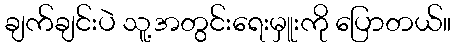
ချက်ချင်းပဲ သူ့အတွင်းရေးမှူးကို ပြောတယ်။